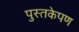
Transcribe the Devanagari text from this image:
पुस्तकेपण